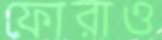
ফোরাও